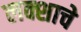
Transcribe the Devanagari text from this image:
लक्शाचे